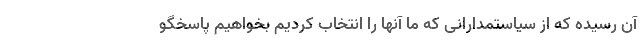
آن رسیده که از سیاستمدارانی که ما آنها را انتخاب کردیم بخواهیم پاسخگو